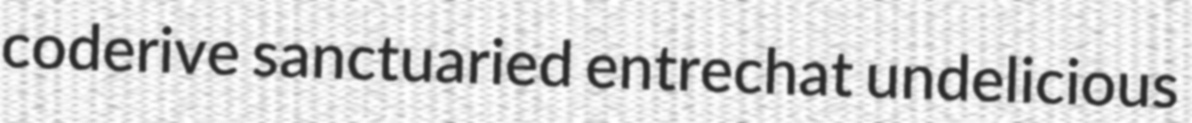
coderive sanctuaried entrechat undelicious